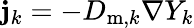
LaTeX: \mathbf{j}_{k}=-D_{\mathrm{m},k}\nabla Y_{k}